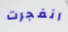
انفجرت